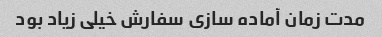
مدت زمان آماده سازی سفارش خیلی زیاد بود